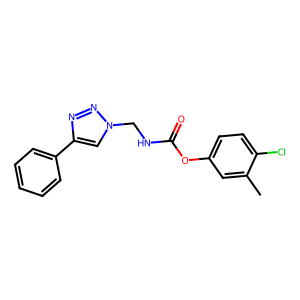
SMILES: Cc1cc(OC(=O)NCn2cc(-c3ccccc3)nn2)ccc1Cl
Inhibits HIV replication: No